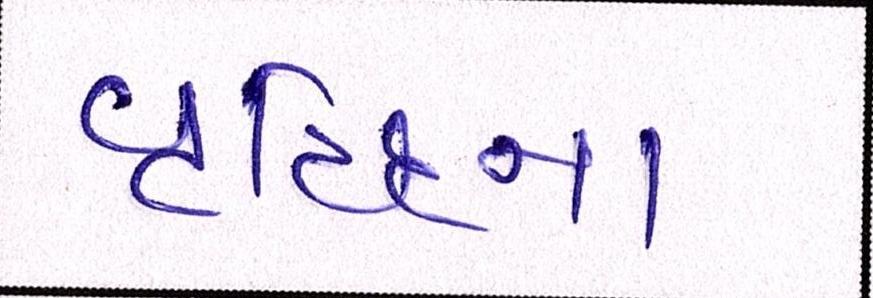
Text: વૃદ્ધિના